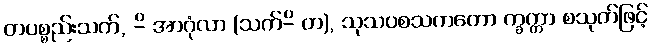
တပစ္စည်းသက်, -ိ အာဂုံလာ (သက်-ိ တ), သုသပစသကတော က္ခက္ကာ စသုတ်ဖြင့်